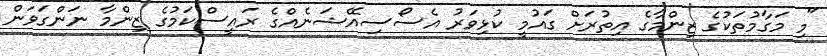
"މި މަގާމުތަކުގެ ޒިންމާގެ އިތުރަށް ގައުމީ ކުޅިވަރު އެސޯސިއޭޝަނެއްގެ ރައީސްކަމުގެ ޒިންމާ ނަންގަވަން